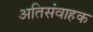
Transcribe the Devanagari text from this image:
अतिसंवाहक